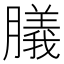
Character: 𦡫